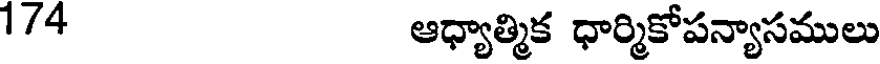
1/4 ఆధ్యాత్మిక ధార్మికోపన్యాసములు